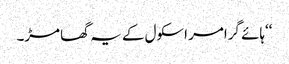
‘‘ہائے گرامر اسکول کے یہ گھامڑ۔